Scottish Leaving Certificate Examination, 1952
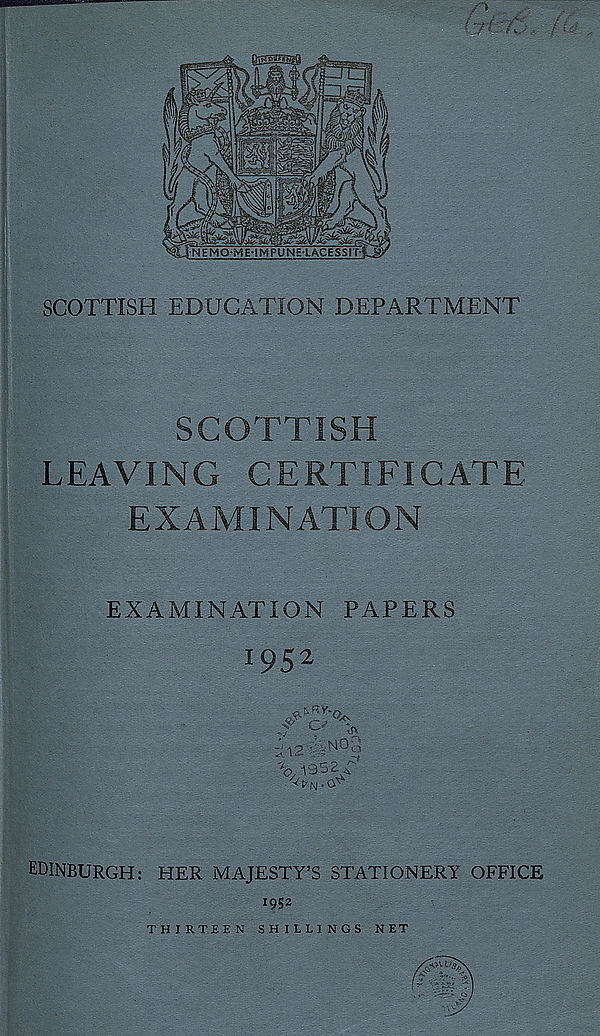
SCOTTISH
LEAVING CERTIFICATE
EXAMINATION
EXAMINATION PAPERS
1952
•cu
,NOo
V. 1352/
;.12 '
EDINBURGH: HER MAJESTY’S STATIONERY OFFICE
1952
THIRTEEN SHILLINGS NET